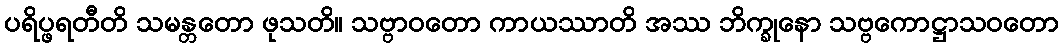
ပရိပ္ဖရတီတိ သမန္တတော ဖုသတိ။ သဗ္ဗာဝတော ကာယဿာတိ အဿ ဘိက္ခုနော သဗ္ဗကောဋ္ဌာသဝတော